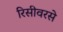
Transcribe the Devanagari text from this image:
रिसीवरसे